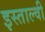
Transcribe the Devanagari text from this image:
इस्ताल्वी